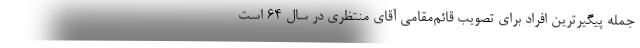
جمله پیگیرترین افراد برای تصویب قائم‌مقامی آقای منتظری در سال ۶۴ است